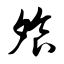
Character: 飧